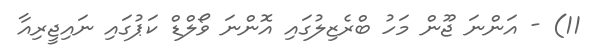
11) - އަންނަ ޖޫން މަހު ބްރެޒިލުގައި އޮންނަ ވޯލްޑް ކަޕުގައި ނައިޖީރިއާ